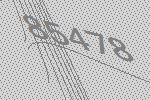
85478